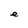
Character: e